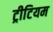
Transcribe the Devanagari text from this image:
ट्रीटियम